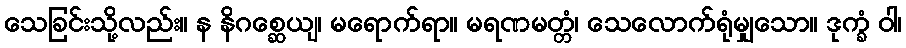
သေခြင်းသို့လည်း။ န နိဂစ္ဆေယျ၊ မရောက်ရာ။ မရဏမတ္တံ၊ သေလောက်ရုံမျှသော။ ဒုက္ခံ ဝါ၊